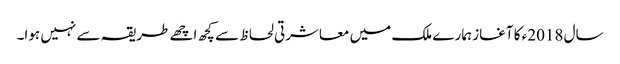
سال 2018ء کا آغاز ہمارے ملک میں معاشرتی لحاظ سے کچھ اچھے طریقہ سے نہیں ہوا۔